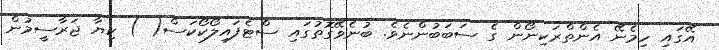
އޭގައި ހިމެނޭ އެންތްރަކިނޯން ގެ ސަބަބުންނެވެ. ބުނެވޭގޮތުގައި ސްޓެފައިލޯކޯކަސް( ) ކިޔާ ޖަރާސީމުން